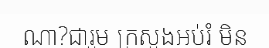
ណា?ជារួម ក្រសួងអប់រំ មិន